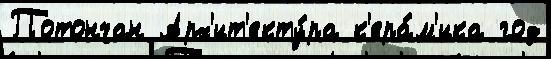
Потончан Арх'ит'екту́ра к'ера́м'ика год